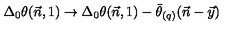
\Delta _ { 0 } \theta ( \vec { n } , 1 ) \to \Delta _ { 0 } \theta ( \vec { n } , 1 ) - \bar { \theta } _ { ( q ) } ( \vec { n } - \vec { y } )